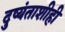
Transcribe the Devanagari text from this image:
दुष्यंताशीही